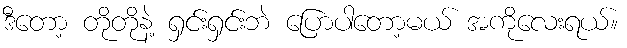
ဒီတော့ တိုတိုနဲ့ ရှင်းရှင်းဘဲ ပြောပါတော့မယ် အကိုလေးရယ်။